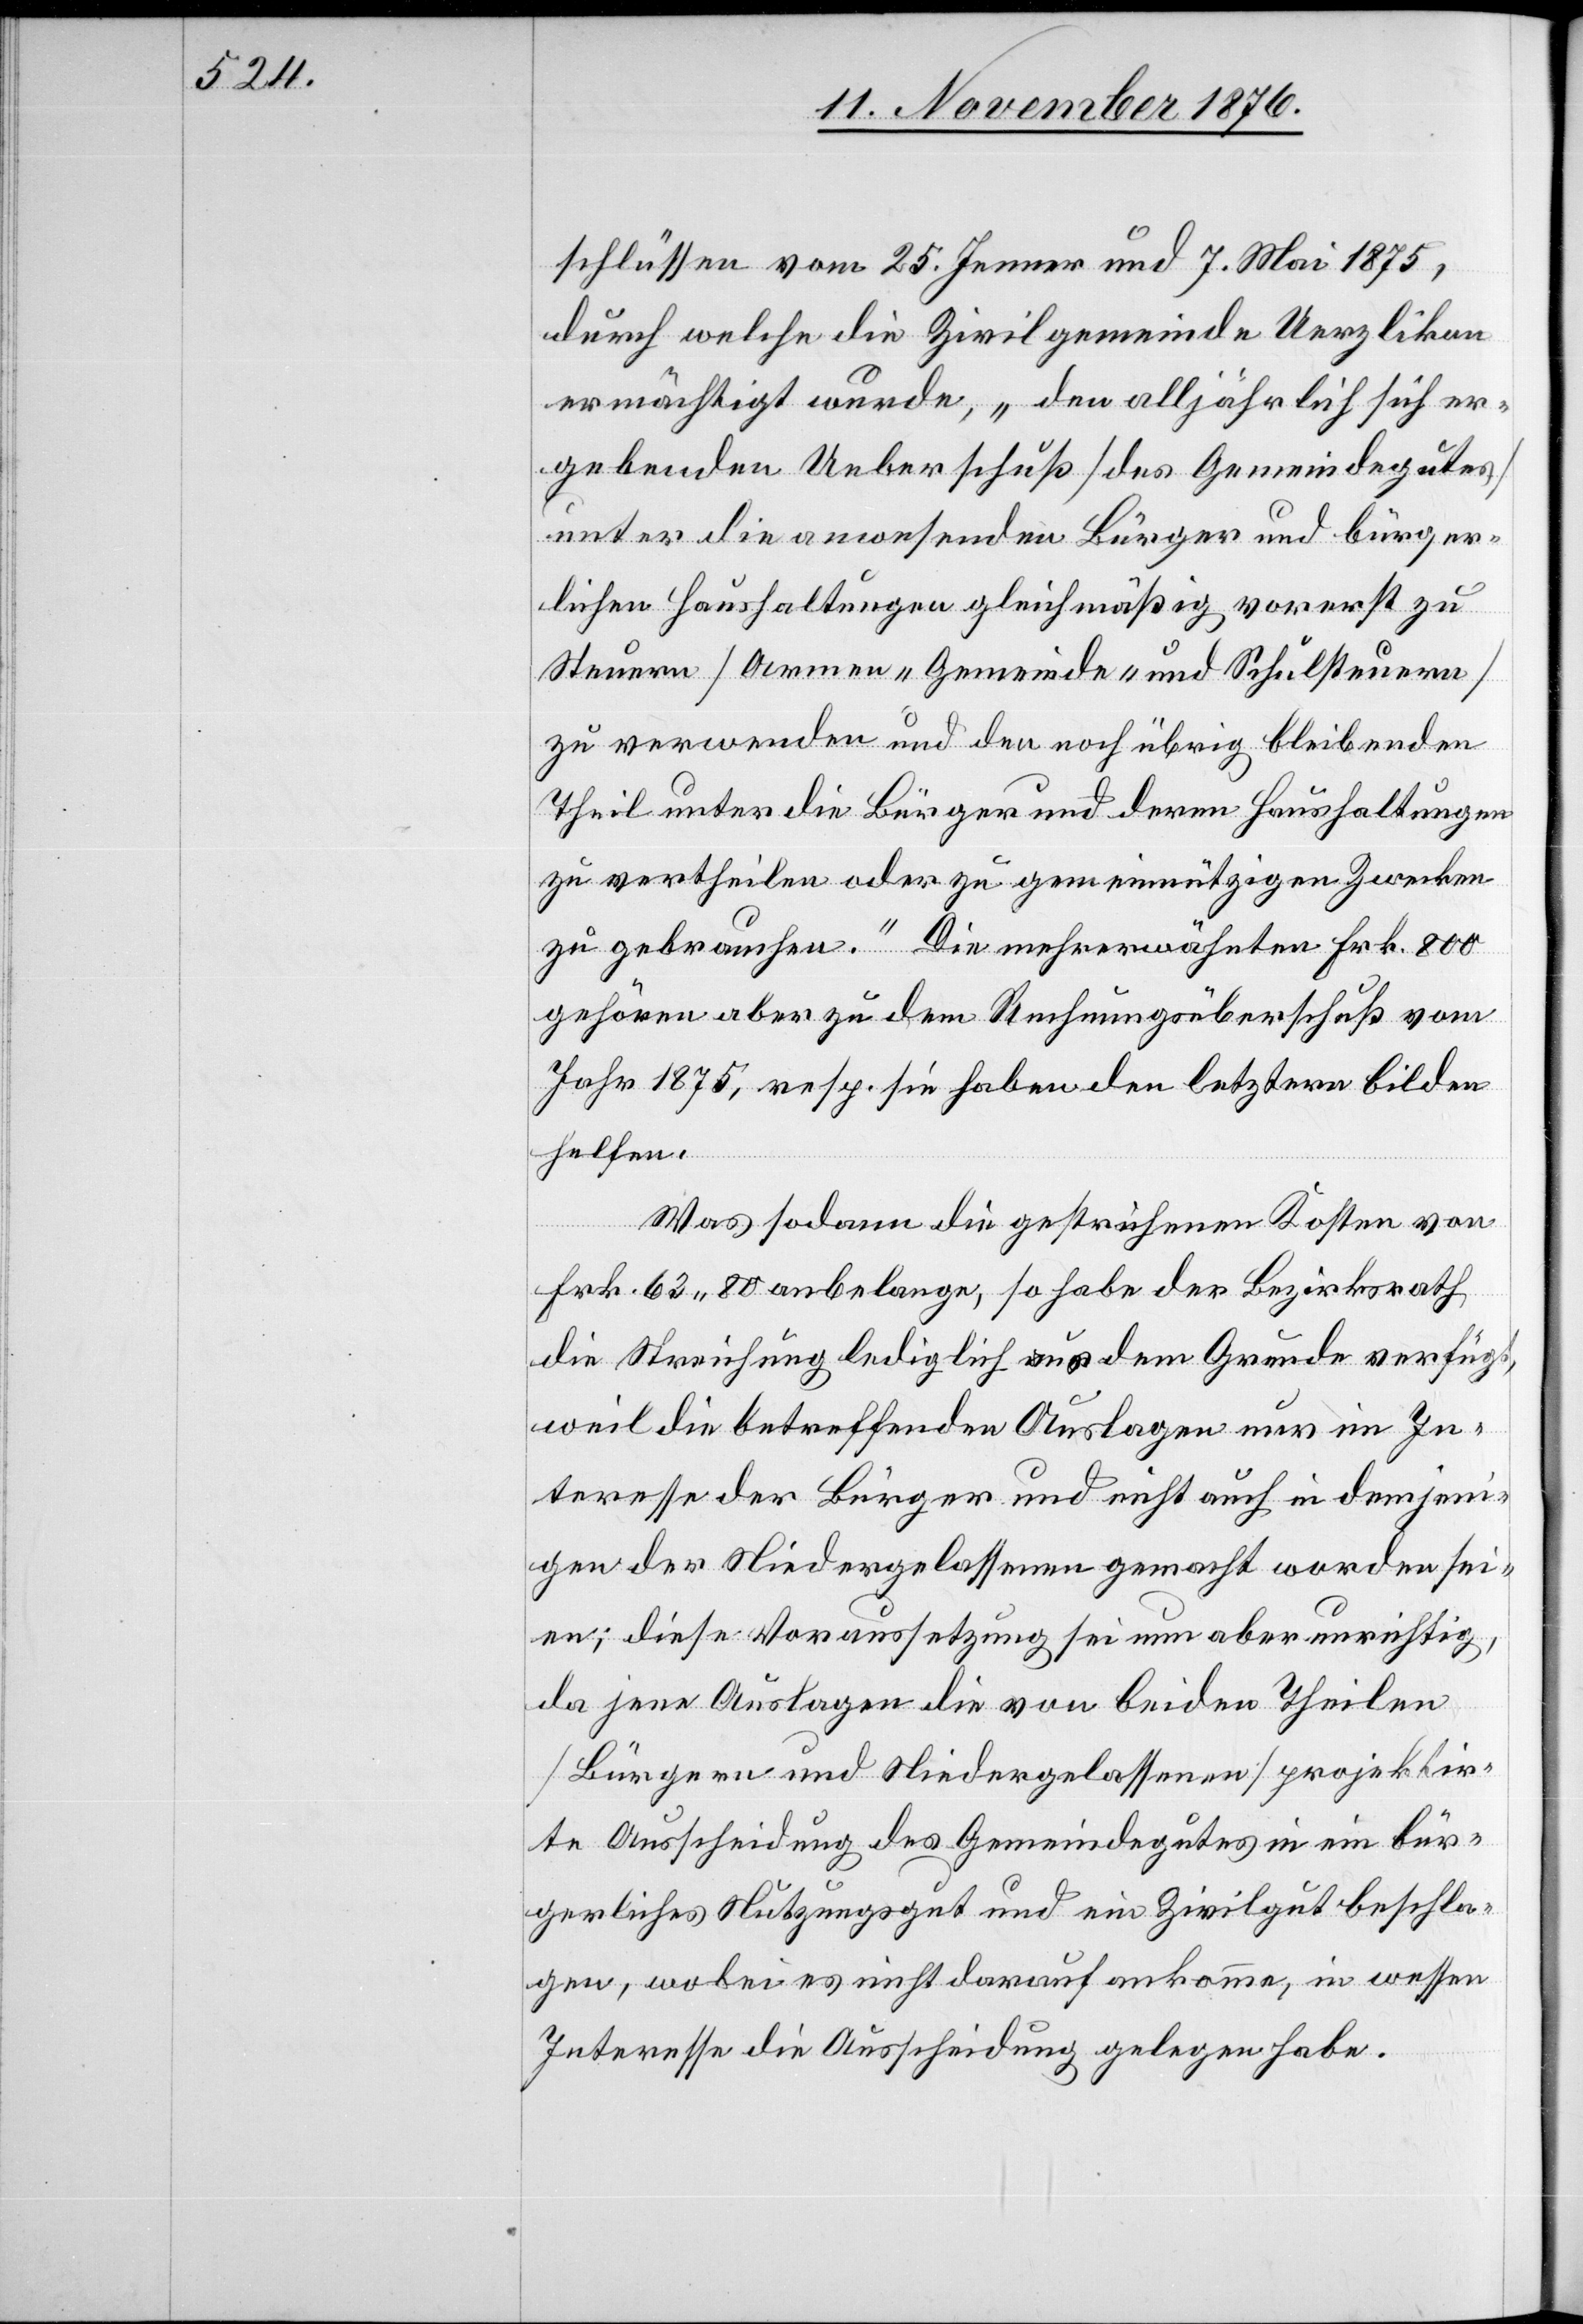
schlüssen vom 25. Jenner und 7. Mai 1875,
durch welche die Zivilgemeinde Uerzlikon
ermächtigt wurde, „den alljährlich sich er¬
gebenden Ueberschuß [des Gemeindegutes]
unter die anwesenden Bürger und bürger¬
lichen Haushaltungen gleichmäßig vorerst zu
Steuern [Armen-[,] Gemeinde- und Schulsteuern]
zu verwenden und den noch übrig bleibenden
Theil unter die Bürger und deren Haushaltungen
zu vertheilen oder zu gemeinnützigen Zwecken
zu gebrauchen.“ Die mehrerwähnten Frk. 800
gehören aber zu dem Rechnungsüberschuß vom
Jahr 1875, resp. sie haben den letztern bilden
helfen.
Was sodann die gestrichenen Kosten von
Frk. 63 80 anbelange, so habe der Bezirksrath
die Streichung lediglich aus dem Grunde verfügt,
weil die betreffenden Auslagen nur im In¬
teresse der Bürger und nicht auch in demjeni¬
gen der Niedergelassenen gemacht worden sei¬
en; diese Voraussetzung sei nun aber unrichtig,
da jene Auslage die von beiden Theilen
[Bürgern und Niedergelassenen] projektir¬
te Ausscheidung des Gemeindegutes in ein bür¬
gerliches Nutzungsgut und ein Zivilgut beschla¬
gen, wobei es nicht darauf ankomme, in wessen
Interesse die Ausscheidung gelegen habe.